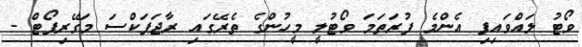
ވޯޓު ލައްވައިފި އެންމެ ފުރަތަމަ ވޯޓުލީ މީހުންގެ ތެރޭގައި ރާޖަޕަކްސަ މަގޭރިޕޯޓް -